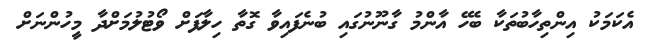
އެކަމަކު އިންތިހާބުތަކާ ބެހޭ އާންމު ގާނޫނުގައި ބުނެފައިވާ ގޮތާ ހިލާފަށް ވޯޓުލުމަށްދާ މީހުންނަށް